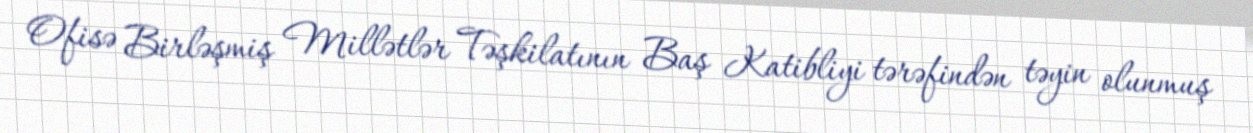
Ofisə Birləşmiş Millətlər Təşkilatının Baş Katibliyi tərəfindən təyin olunmuş